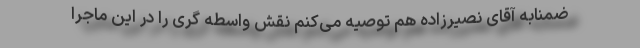
ضمنابه آقای نصیرزاده هم توصیه می‌کنم نقش واسطه گرى را در این ماجرا